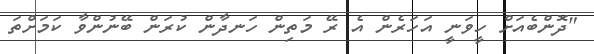
"ދޮންބެއަށް ހީވަނީ އަހަރެން އެ ރޭ މަތިން ހަނދާން ކުރަން ބޭނުންވާ ކަމަށްތަ